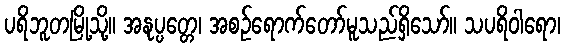
ပရိဘူတမြို့သို့။ အနုပ္ပတ္တေ၊ အစဉ်ရောက်တော်မူသည်ရှိသော်။ သပရိဝါရော၊